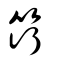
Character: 筕